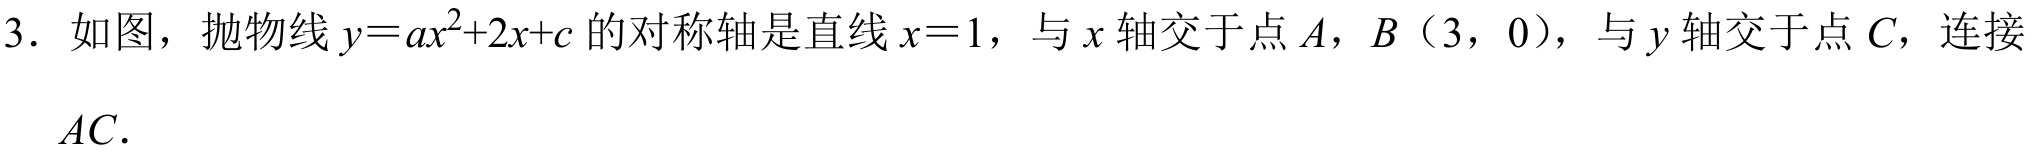
3. 如图，抛物线\(y = ax^{2}+2x + c\)的对称轴是直线\(x = 1\)，与\(x\)轴交于点\(A\)，\(B（3,0）\)，与\(y\)轴交于点\(C\)，连接\(AC\).